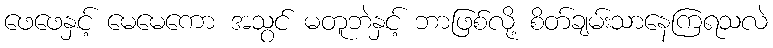
ဖေဖေနှင့် မေမေကော အသွင် မတူဘဲနှင့် ဘာဖြစ်လို့ စိတ်ချမ်းသာနေကြရသလဲ